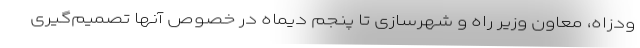
ودزاه، معاون وزیر راه و شهرسازی تا پنجم دیماه در خصوص آنها تصمیم‌گیری